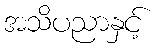
အသိပညာနှင့်